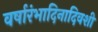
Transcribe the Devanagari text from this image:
वर्षारंभादिनादिवशी